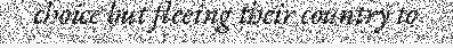
choice but fleeing their country to